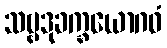
သဗ္ဗဒုခက္ခယောဂဓံ